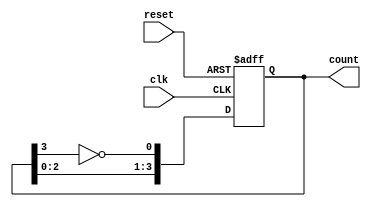
module johnson_counter #(
    parameter WIDTH = 4  // Bit width of the counter (must be even)
) (
    input wire clk,      // Clock input
    input wire reset,    // Asynchronous reset
    output reg [WIDTH-1:0] count // Current state of the counter
);

    // Ensure WIDTH is even
    initial begin
        if (WIDTH % 2 != 0) begin
            $error("WIDTH must be an even number.");
            $finish;
        end
    end

    always @(posedge clk or posedge reset) begin
        if (reset) begin
            count <= 0; // Reset the counter to 0
        end else begin
            // Johnson Counter logic
            count <= {count[WIDTH-2:0], ~count[WIDTH-1]};
        end
    end

endmodule